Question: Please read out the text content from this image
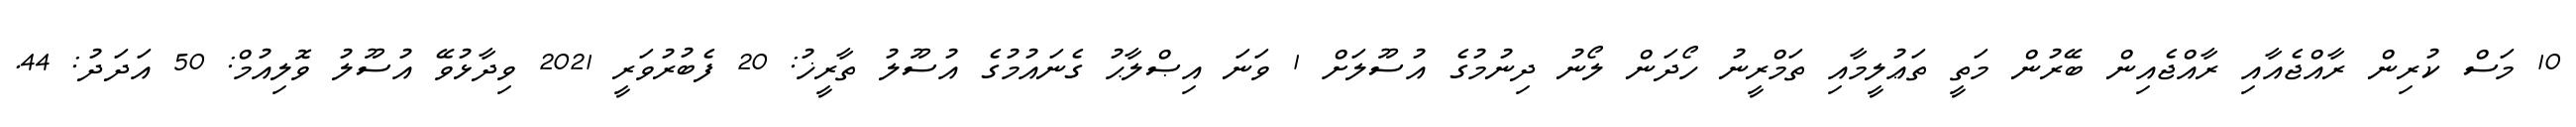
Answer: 10 މަސް ކުރިން ރާއްޖެއާއި ރާއްޖެއިން ބޭރުން މަތީ ތަޢުލީމާއި ތަމްރީނު ހޯދަން ލޯނު ދިނުމުގެ އުސޫލަށް 1 ވަނަ އިޞްލާޙު ގެނައުމުގެ އުސޫލު ތާރީޚު: 20 ފެބުރުވަރީ 2021 ވިދާޅުވޭ އުސޫލު ވޮލިއުމް: 50 އަދަދު: 44.